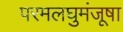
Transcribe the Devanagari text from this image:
परमलघुमंजूषा